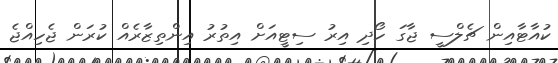
ކުއާޓާއިން ޗެލްސީ ޖާގަ ހޯދި އިރު ސިޓީއަށް އިތުރު އިންތިޒާރެއް ކުރަން ޖެހިއްޖެ